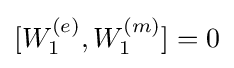
[W_{1}^{(e)},W_{1}^{(m)}]=0